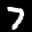
Label: 7